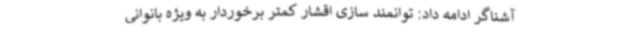
آشناگر ادامه داد: توانمند سازی اقشار کمتر برخوردار به ویژه بانوانی